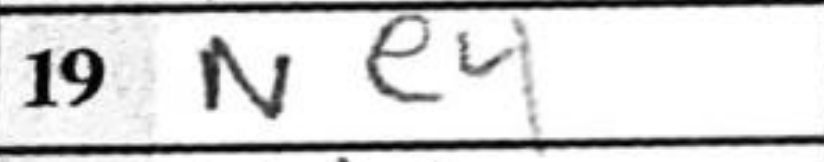
Transcription: Ne4